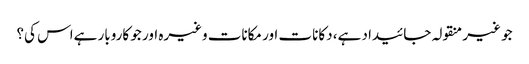
جو غیر منقولہ جائیداد ہے، دکانات اور مکانات وغیرہ اور جو کاروبار ہےاس کی؟